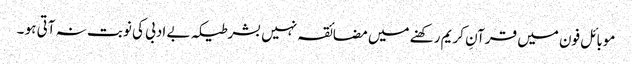
موبائل فون میں قرآنِ کریم رکھنے میں مضائقہ نہیں بشرطیکہ بے ادبی کی نوبت نہ آتی ہو ۔